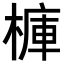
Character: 𣘍